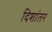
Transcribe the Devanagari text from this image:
दिशांतर